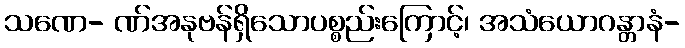
သဏေ- ဏ်အနုဗန်ရှိသောပစ္စည်းကြောင့်၊ အသံယောဂန္တာနံ-